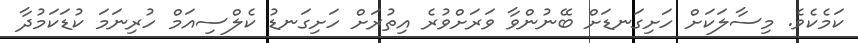
ކަމެކެވެ. މިސާލަކަށް ހަށިގަނޑަށް ބޭނުންވާ ވަރަށްވުރެ އިތުރަށް ހަށިގަނޑު ކެލްސިއަމް ހުރިނަމަ ކުޑަކަމުދާ